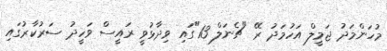
މުހަންމަދު ޖަމީލް އަހުމަދު ރޭ "ޗެނަލް 13"ގައި ވިދާޅުވީ ރައީސް ވަހީދު ސަރުކާރުގައި